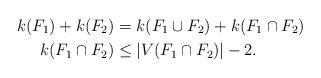
LaTeX: \begin{align*}k(F_1)+k(F_2)&= k(F_1\cup F_2)+k(F_1\cap F_2) \\ k(F_1\cap F_2)&\leq |V(F_1\cap F_2)|-2.\end{align*}